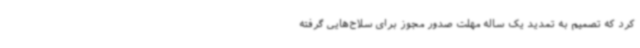
کرد که تصمیم به تمدید یک ساله مهلت صدور مجوز برای سلاح‌هایی گرفته